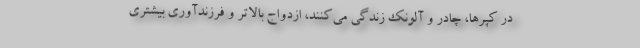
در کپرها، چادر و آلونک زندگی می‌کنند، ازدواج بالاتر و فرزندآوری بیشتری